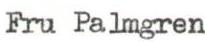
Fru Palmgren